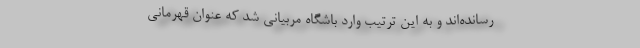
رسانده‌اند و به این ترتیب وارد باشگاه مربیانی شد که عنوان قهرمانی